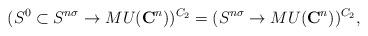
LaTeX: \begin{align*}(S^0 \subset S^{n\sigma} \to MU(\mathbf{C}^n))^{C_2} = (S^{n\sigma } \to MU(\mathbf{C}^n) )^{C_2},\end{align*}